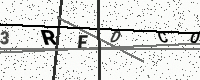
Text: 3REDCQ